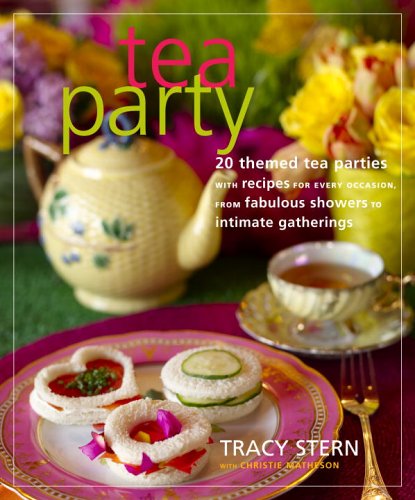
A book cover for Tea Party: 20 Themed Tea Parties with Recipes for Every Occasion, from Fabulous Showers to Intimate Gatherings; Tracy Stern; Cookbooks, Food & Wine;